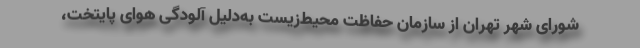
شورای شهر تهران از سازمان حفاظت محیط‌زیست به‌دلیل آلودگی هوای پایتخت،